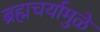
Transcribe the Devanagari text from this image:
ब्रह्मचर्यामुळे